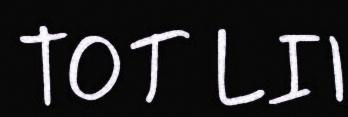
TOT LII